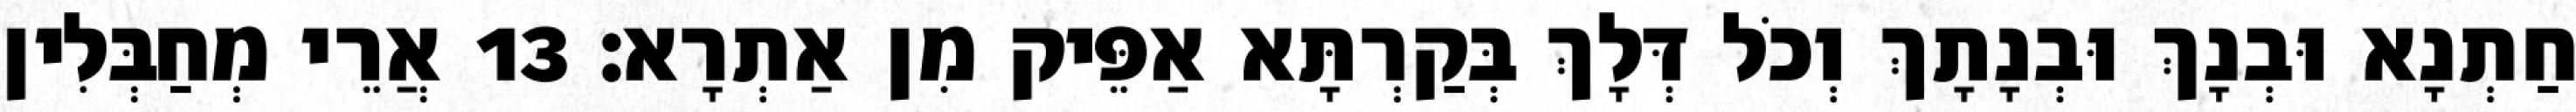
חַתְנָא וּבְנָךְ וּבְנָתָךְ וְכֹל דְּלָךְ בְּקַרְתָּא אַפֵּיק מִן אַתְרָא׃ 13 אֲרֵי מְחַבְּלִין